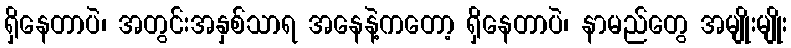
ရှိနေတာပဲ၊ အတွင်းအနှစ်သာရ အနေနဲ့ကတော့ ရှိနေတာပဲ၊ နာမည်တွေ အမျိုးမျိုး